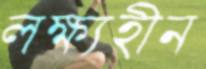
লক্ষ্যহীন